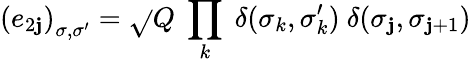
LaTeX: \left(e_{2\mathbf{j}}\right)_{\sigma,\sigma^{\prime}}=\sqrt{}{{Q}}~\prod_{k}~\delta(\sigma_{k},\sigma_{k}^{\prime}){}~\delta(\sigma_{\mathbf{j}},\sigma_{\mathbf{j}+1})